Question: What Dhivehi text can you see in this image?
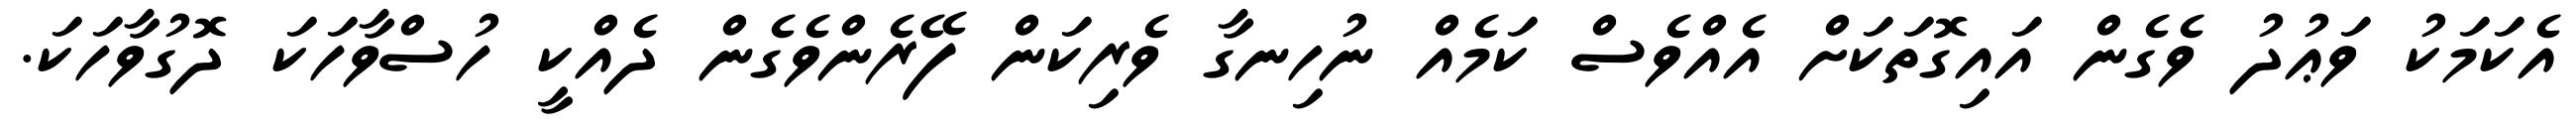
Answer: އެކަމަކު ވަޢުދު ވެގެން އައިގޮތަކަށް އެއްވެސް ކަމެއް ނުހިނގާ ވެރިކަން ފޭރެންވެގެން ދެއްކީ ހުސްވާހަކަ ދޮގުވާހަކަ.